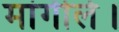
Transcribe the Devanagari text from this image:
मांगीले।